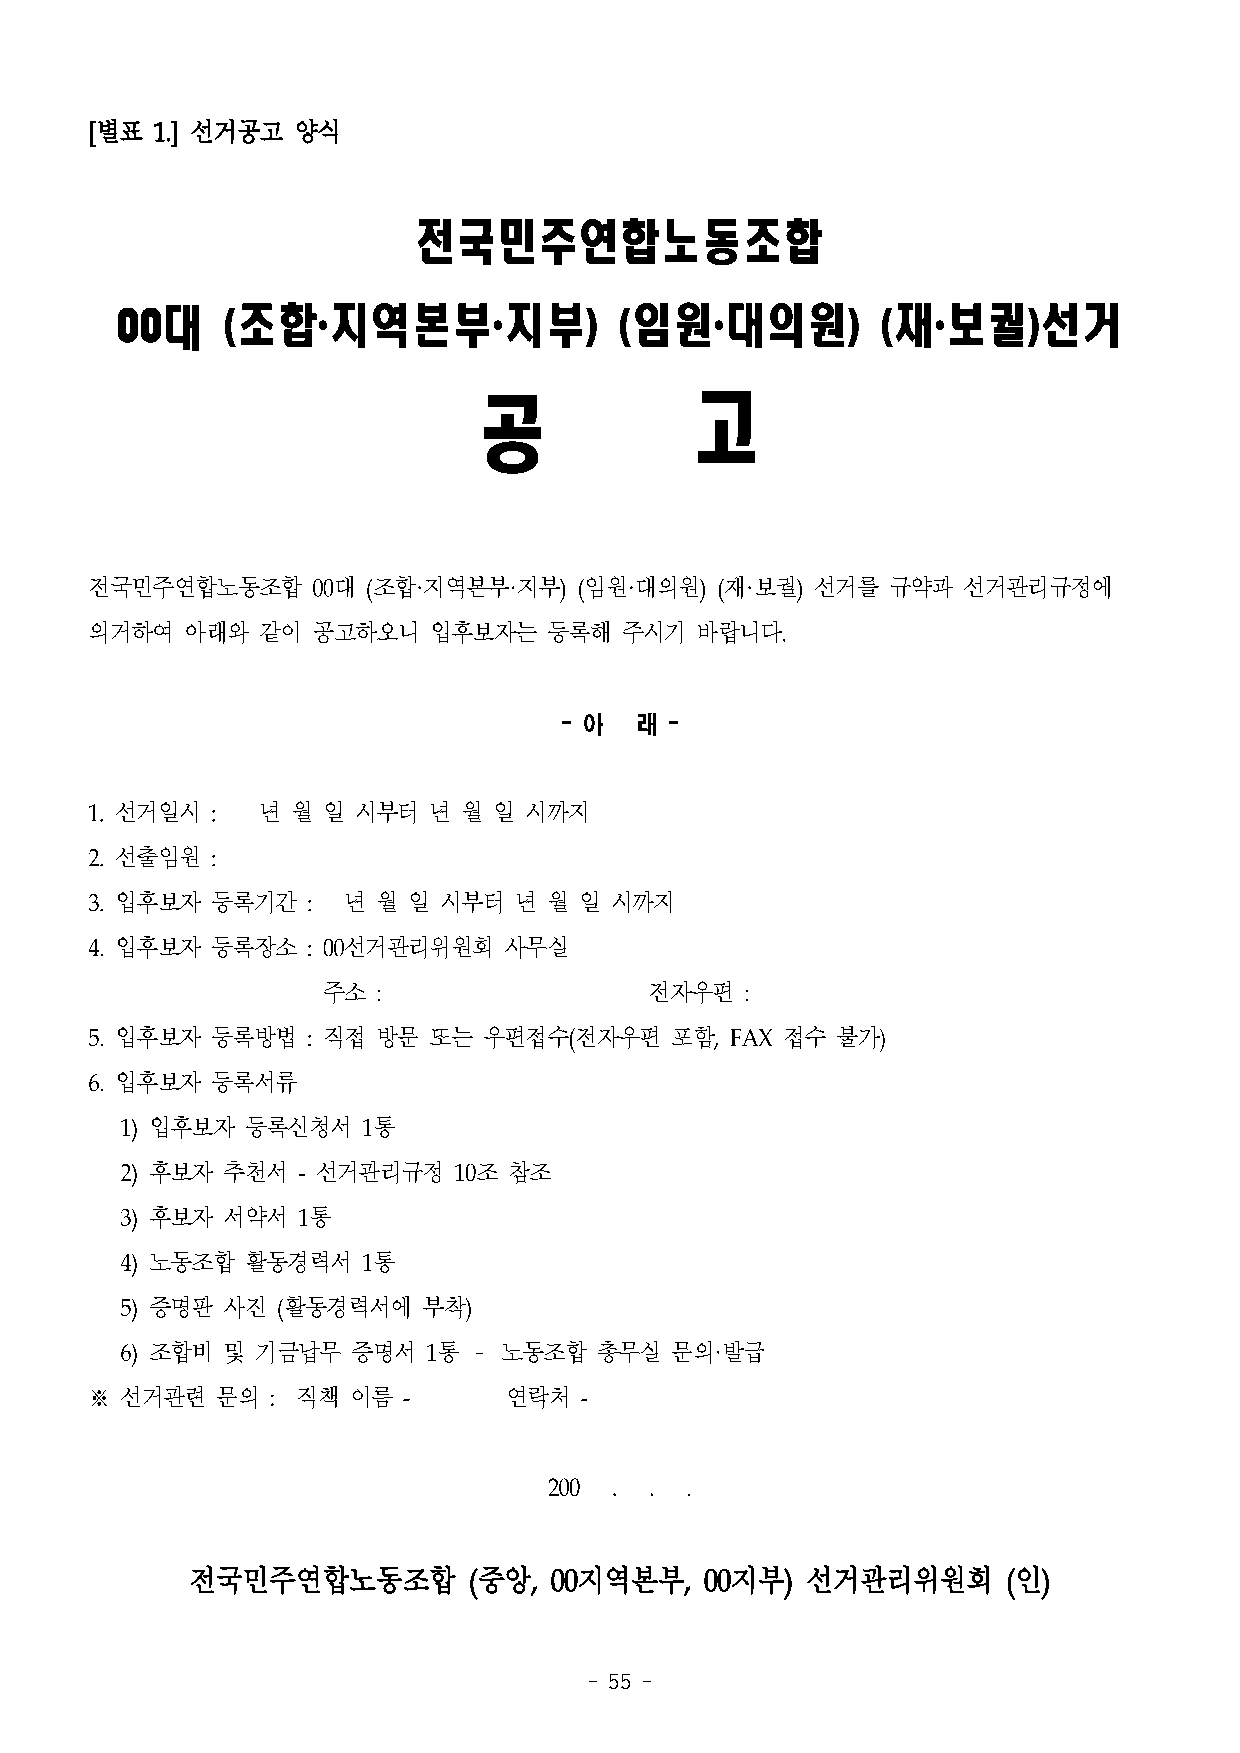
[별표 1.] 선거공고 양식
 전국민주연합노동조합
 00대    (조합·지역본부·지부)              (임원·대의원)         (재·보궐)선거
 공              고
 전국민주연합노동조합     00대 (조합·지역본부·지부) (임원·대의원) (재·보궐) 선거를  규약과  선거관리규정에
 의거하여  아래와  같이  공고하오니  입후보자는   등록해  주시기  바랍니다.
 - 아  래 -
 1. 선거일시 :  년 월 일 시부터  년  월 일 시까지
 2. 선출임원 :
 3. 입후보자 등록기간  :  년 월 일 시부터  년 월 일 시까지
 4. 입후보자 등록장소  : 00선거관리위원회  사무실
 주소  :                 전자우편  :
 5. 입후보자 등록방법  : 직접 방문 또는  우편접수(전자우편   포함, FAX 접수 불가)
 6. 입후보자 등록서류
 1) 입후보자 등록신청서   1통
 2) 후보자 추천서  - 선거관리규정  10조 참조
 3) 후보자 서약서  1통
 4) 노동조합 활동경력서   1통
 5) 증명판 사진 (활동경력서에   부착)
 6) 조합비 및 기금납무  증명서  1통 – 노동조합  총무실  문의·발급
 ※ 선거관련  문의  : 직책 이름  -     연락처  -
 200 .  . .
 전국민주연합노동조합         (중앙, 00지역본부,    00지부) 선거관리위원회       (인)
 - 55 -